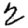
Digit: 2